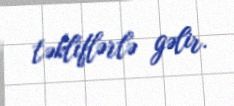
təkliflərlə gəlir.